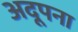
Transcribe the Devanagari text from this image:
अदूपना